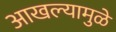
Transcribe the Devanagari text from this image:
आखल्यामुळे